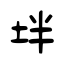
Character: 坢